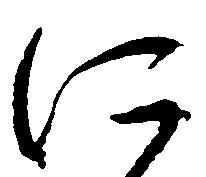
に